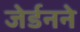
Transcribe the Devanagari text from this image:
जेर्डनने